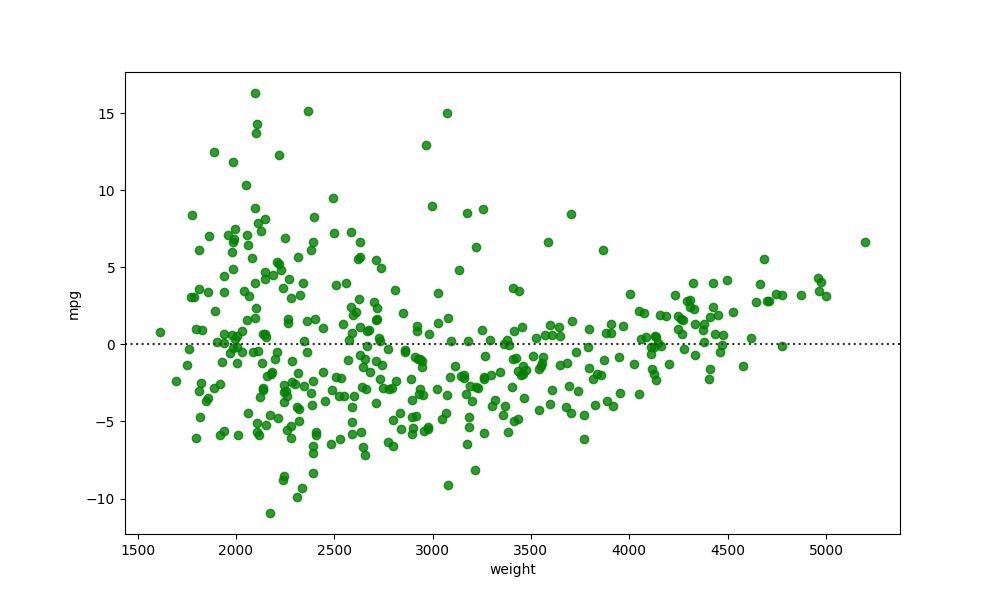
python, seaborn, residplot, lowess=False, scatter_color=green